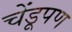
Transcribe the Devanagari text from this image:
चेंडूपण